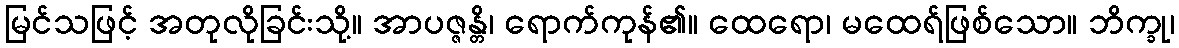
မြင်သဖြင့် အတုလိုခြင်းသို့။ အာပဇ္ဇန္တိ၊ ရောက်ကုန်၏။ ထေရော၊ မထေရ်ဖြစ်သော။ ဘိက္ခု၊